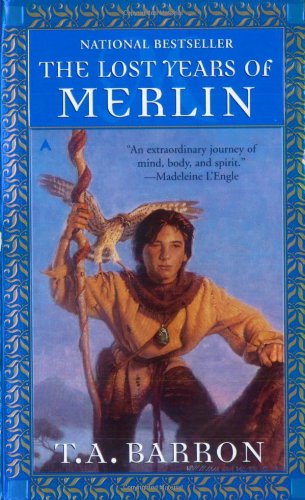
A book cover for The Lost Years of Merlin; T. A. Barron; Science Fiction & Fantasy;